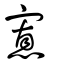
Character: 寡